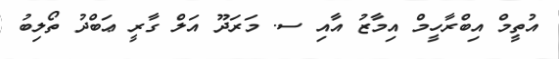
އުތީމް އިބްރާހީމް އިމާޒު އާއި ސ. މަރަދޫ އަލް ގާރީ ޢަބްދު ތޯލިބު